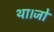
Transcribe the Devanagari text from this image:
था।जो